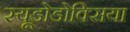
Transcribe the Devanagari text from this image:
स्यूडोडोक्सिया